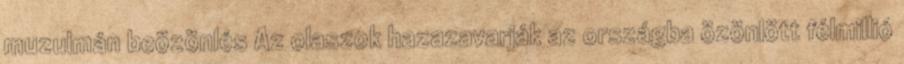
muzulmán beözönlés Az olaszok hazazavarják az országba özönlött félmillió